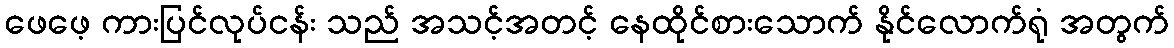
ဖေဖေ့ ကားပြင်လုပ်ငန်း သည် အသင့်အတင့် နေထိုင်စားသောက် နိုင်လောက်ရုံ အတွက်